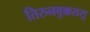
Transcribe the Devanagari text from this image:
तिरुनवुक्करासु